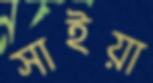
সাইয়া